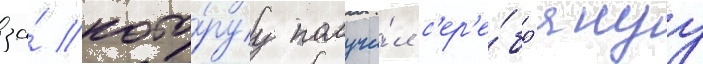
за́ кото́руу получи́л с'ер'е́бр'януу